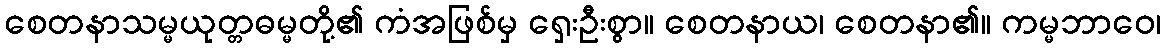
စေတနာသမ္မယုတ္တဓမ္မတို့၏ ကံအဖြစ်မှ ရှေးဦးစွာ။ စေတနာယ၊ စေတနာ၏။ ကမ္မဘာဝေ၊